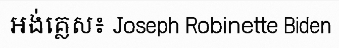
អង់គ្លេស៖ Joseph Robinette Biden